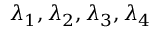
\lambda _ { 1 } , \lambda _ { 2 } , \lambda _ { 3 } , \lambda _ { 4 }